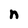
Character: n